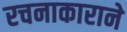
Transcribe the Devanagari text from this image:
रचनाकाराने